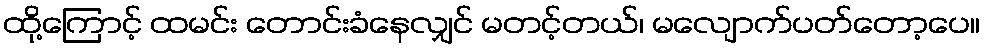
ထို့ကြောင့် ထမင်း တောင်းခံနေလျှင် မတင့်တယ်၊ မလျောက်ပတ်တော့ပေ။